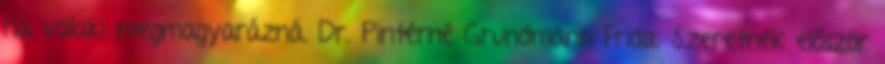
ha valaki megmagyarázná. Dr. Pintérné Grundmann Frida: Szeretnék először